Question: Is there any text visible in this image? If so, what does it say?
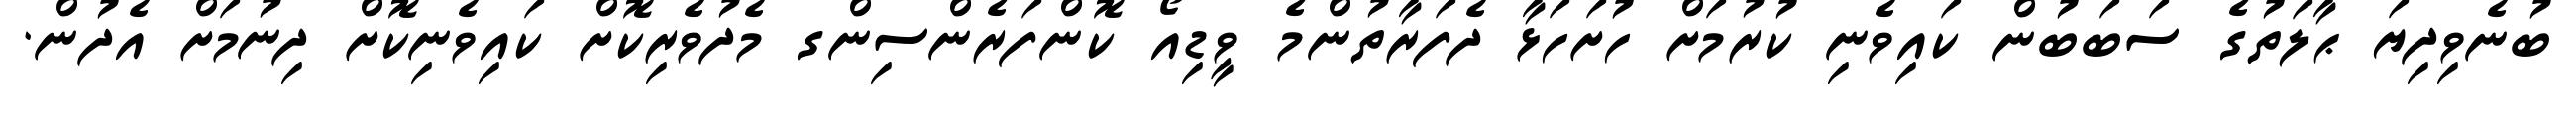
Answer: ބުނެވިދިޔަ ޙާލަތުގެ ސަބަބުން ކައިވެނި ކުރުމަށް ހުށަހަޅާ ދެފަރާތުންމެ ވީޑިއޯ ކޮންފަރެންސިންގ މެދުވެރިކޮށް ކައިވެނިކޮށް ދިނުމަށް އެދުން.